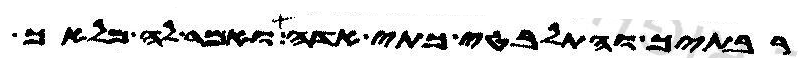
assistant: רבתיך והתלבטי כתי אדה ואמר לה מלאך